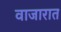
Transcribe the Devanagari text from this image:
वाजारात